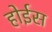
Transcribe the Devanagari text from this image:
होईस